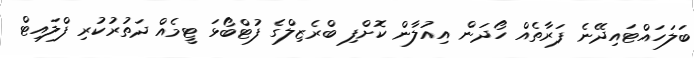
ބަލަހައްޓައިދޭނެ ފަރާތެއް ހޯދަން އިއުލާން ކޮށްފި ބްރެޒިލްގެ ފުޓްބޯޅަ ޓީމެއް ދަތުރުކުރި ފްލައިޓް